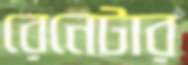
রেনেটার